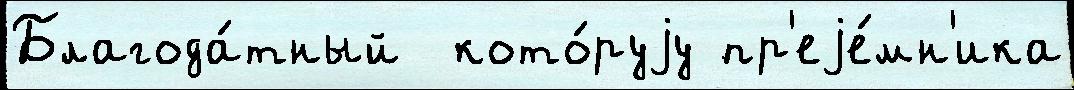
Благода́тный  кото́руjу пр'еjе́мн'ика